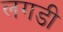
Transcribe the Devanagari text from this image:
लगडी